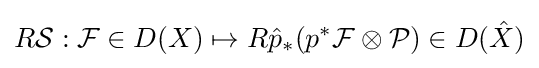
R{\mathcal {S}}:{\mathcal {F}}\in D(X)\mapsto R{\hat {p}}_{\ast }(p^{\ast }{\mathcal {F}}\otimes {\mathcal {P}})\in D({\hat {X}})